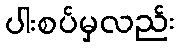
ပါးစပ်မှလည်း